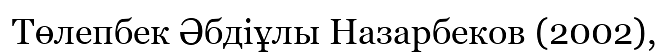
Төлепбек Әбдіұлы Назарбеков (2002),